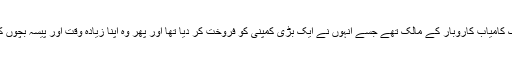
وہ بالٹیمور میں ایک کامیاب کاروبار کے مالک تھے جسے انہوں نے ایک بڑی کمپنی کو فروخت کر دیا تھا اور پھر وہ اپنا زیادہ وقت اور پیسہ بچوں کے لیے صرف کیا۔